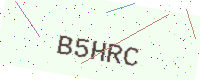
Text: B5HRC